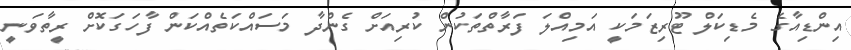
އިންޑިއާގެ މެޑިކަލް ޓޫރިޒަމަކީ އަމިއްލަ ފަރާތްތަކުން ކުރިއަށް ގެންދާ މަސައްކަތެއްކަން ފާހަގަކޮށް ރީތާވަނީ